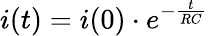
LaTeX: i(t)=i(0)\cdot e^{-\frac{t}{RC}}